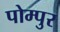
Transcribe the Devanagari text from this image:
पोम्पुर